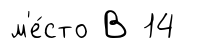
м'е́сто В 14